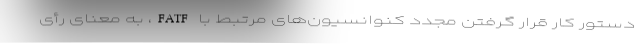
دستور کار قرار گرفتن مجدد کنوانسیون‌های مرتبط با FATF، به معنای رأی